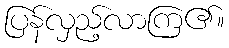
ပြန်လှည့်လာကြ၏။